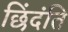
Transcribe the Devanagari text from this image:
छिंदंति